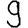
Digit: 9